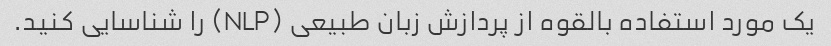
یک مورد استفاده بالقوه از پردازش زبان طبیعی (NLP) را شناسایی کنید.